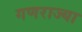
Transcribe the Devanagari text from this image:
गणराज्या